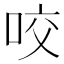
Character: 咬